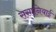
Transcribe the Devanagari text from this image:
ससानियाई